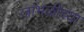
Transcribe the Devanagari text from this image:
जांभळीच्या